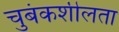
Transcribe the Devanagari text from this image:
चुबंकशीलता